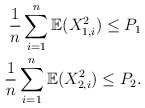
\begin{align*}\frac{1}{n}\sum_{i=1}^n\mathbb{E}(X_{1,i}^2)\leq P_1\\\frac{1}{n}\sum_{i=1}^n\mathbb{E}(X_{2,i}^2)\leq P_2. \end{align*}